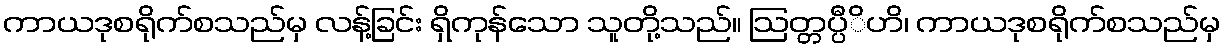
ကာယဒုစရိုက်စသည်မှ လန့်ခြင်း ရှိကုန်သော သူတို့သည်။ ဩတ္တပ္ပီိဟိ၊ ကာယဒုစရိုက်စသည်မှ